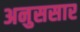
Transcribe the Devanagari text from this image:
अनुससार